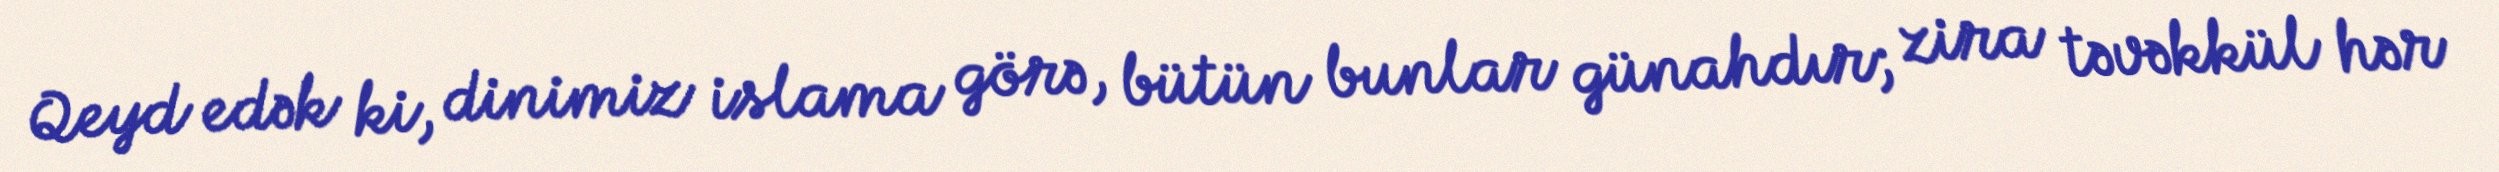
Qeyd edək ki, dinimiz islama görə, bütün bunlar günahdır; zira təvəkkül hər